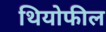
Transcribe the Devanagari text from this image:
थियोफील